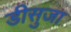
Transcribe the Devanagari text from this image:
डीसुजा